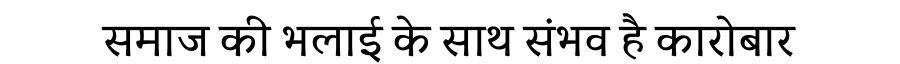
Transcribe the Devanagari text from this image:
समाज की भलाई के साथ संभव है कारोबार